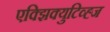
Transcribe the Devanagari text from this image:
एक्झिक्युटिव्ह्ज